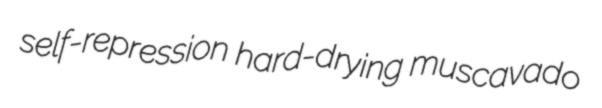
self-repression hard-drying muscavado